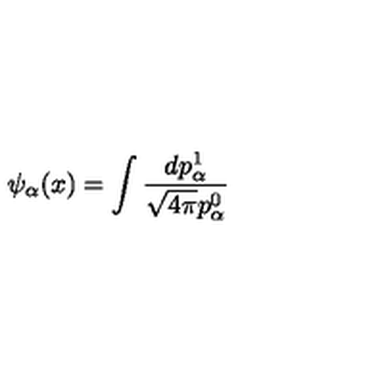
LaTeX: \psi _ { \alpha } ( x ) = \int \frac { d p _ { \alpha } ^ { 1 } } { \sqrt { 4 \pi } p _ { \alpha } ^ { 0 } }